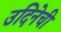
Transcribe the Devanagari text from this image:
उदिनेची